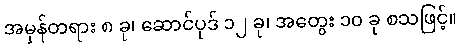
အမှန်တရား ၈ ခု၊ ဆောင်ပုဒ် ၁၂ ခု၊ အတွေး ၁၀ ခု စသဖြင့်။